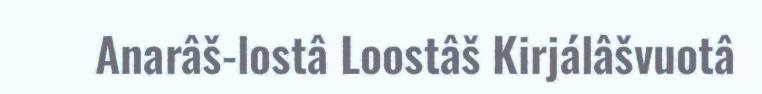
Anarâš-lostâ Loostâš Kirjálâšvuotâ